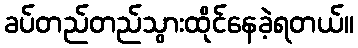
ခပ်တည်တည်သွားထိုင်နေခဲ့ရတယ်။